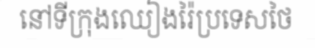
នៅទីក្រុងឈៀងរ៉ៃប្រទេសថៃ